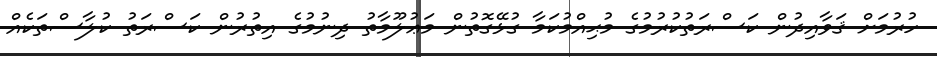
ހުރުމަށް ޤަވާއިދުން ކަސްރަތުކުރުމުގެ މުޙިއްމުކަމާ ގުޅޭގޮތުން މަޢުލޫމާތު ދިނުމުގެ އިތުރުން ކަސްރަތު ކުލާސްތަކެއް